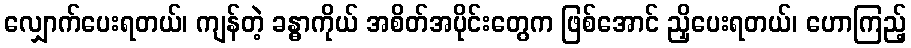
လျှောက်ပေးရတယ်၊ ကျန်တဲ့ ခန္ဓာကိုယ် အစိတ်အပိုင်းတွေက ဖြစ်အောင် ညှိပေးရတယ်၊ ဟောကြည့်